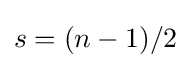
s=(n-1)/2